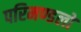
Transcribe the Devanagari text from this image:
परिमण्डलो